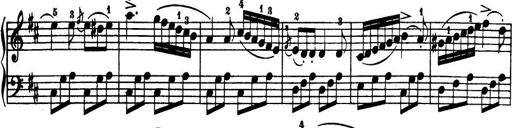
Title: 32 Sonatinas and Rondos for the Piano
Composer: Richard Kleinmichel